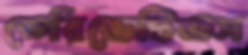
ডেরিভেটিভস